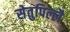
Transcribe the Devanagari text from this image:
सेतुपिल्लै